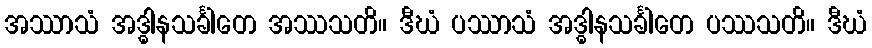
အဿာသံ အဒ္ဓါနသင်္ခါတေ အဿသတိ။ ဒီဃံ ပဿာသံ အဒ္ဓါနသင်္ခါတေ ပဿသတိ။ ဒီဃံ